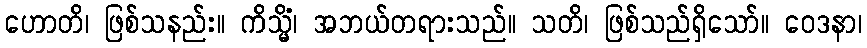
ဟောတိ၊ ဖြစ်သနည်း။ ကိသ္မိံ၊ အဘယ်တရားသည်။ သတိ၊ ဖြစ်သည်ရှိသော်။ ဝေဒနာ၊